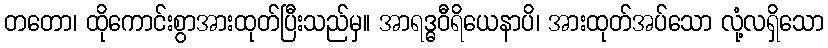
တတော၊ ထိုကောင်းစွာအားထုတ်ပြီးသည်မှ။ အာရဒ္ဓဝီရိယေနာပိ၊ အားထုတ်အပ်သော လုံ့လရှိသော